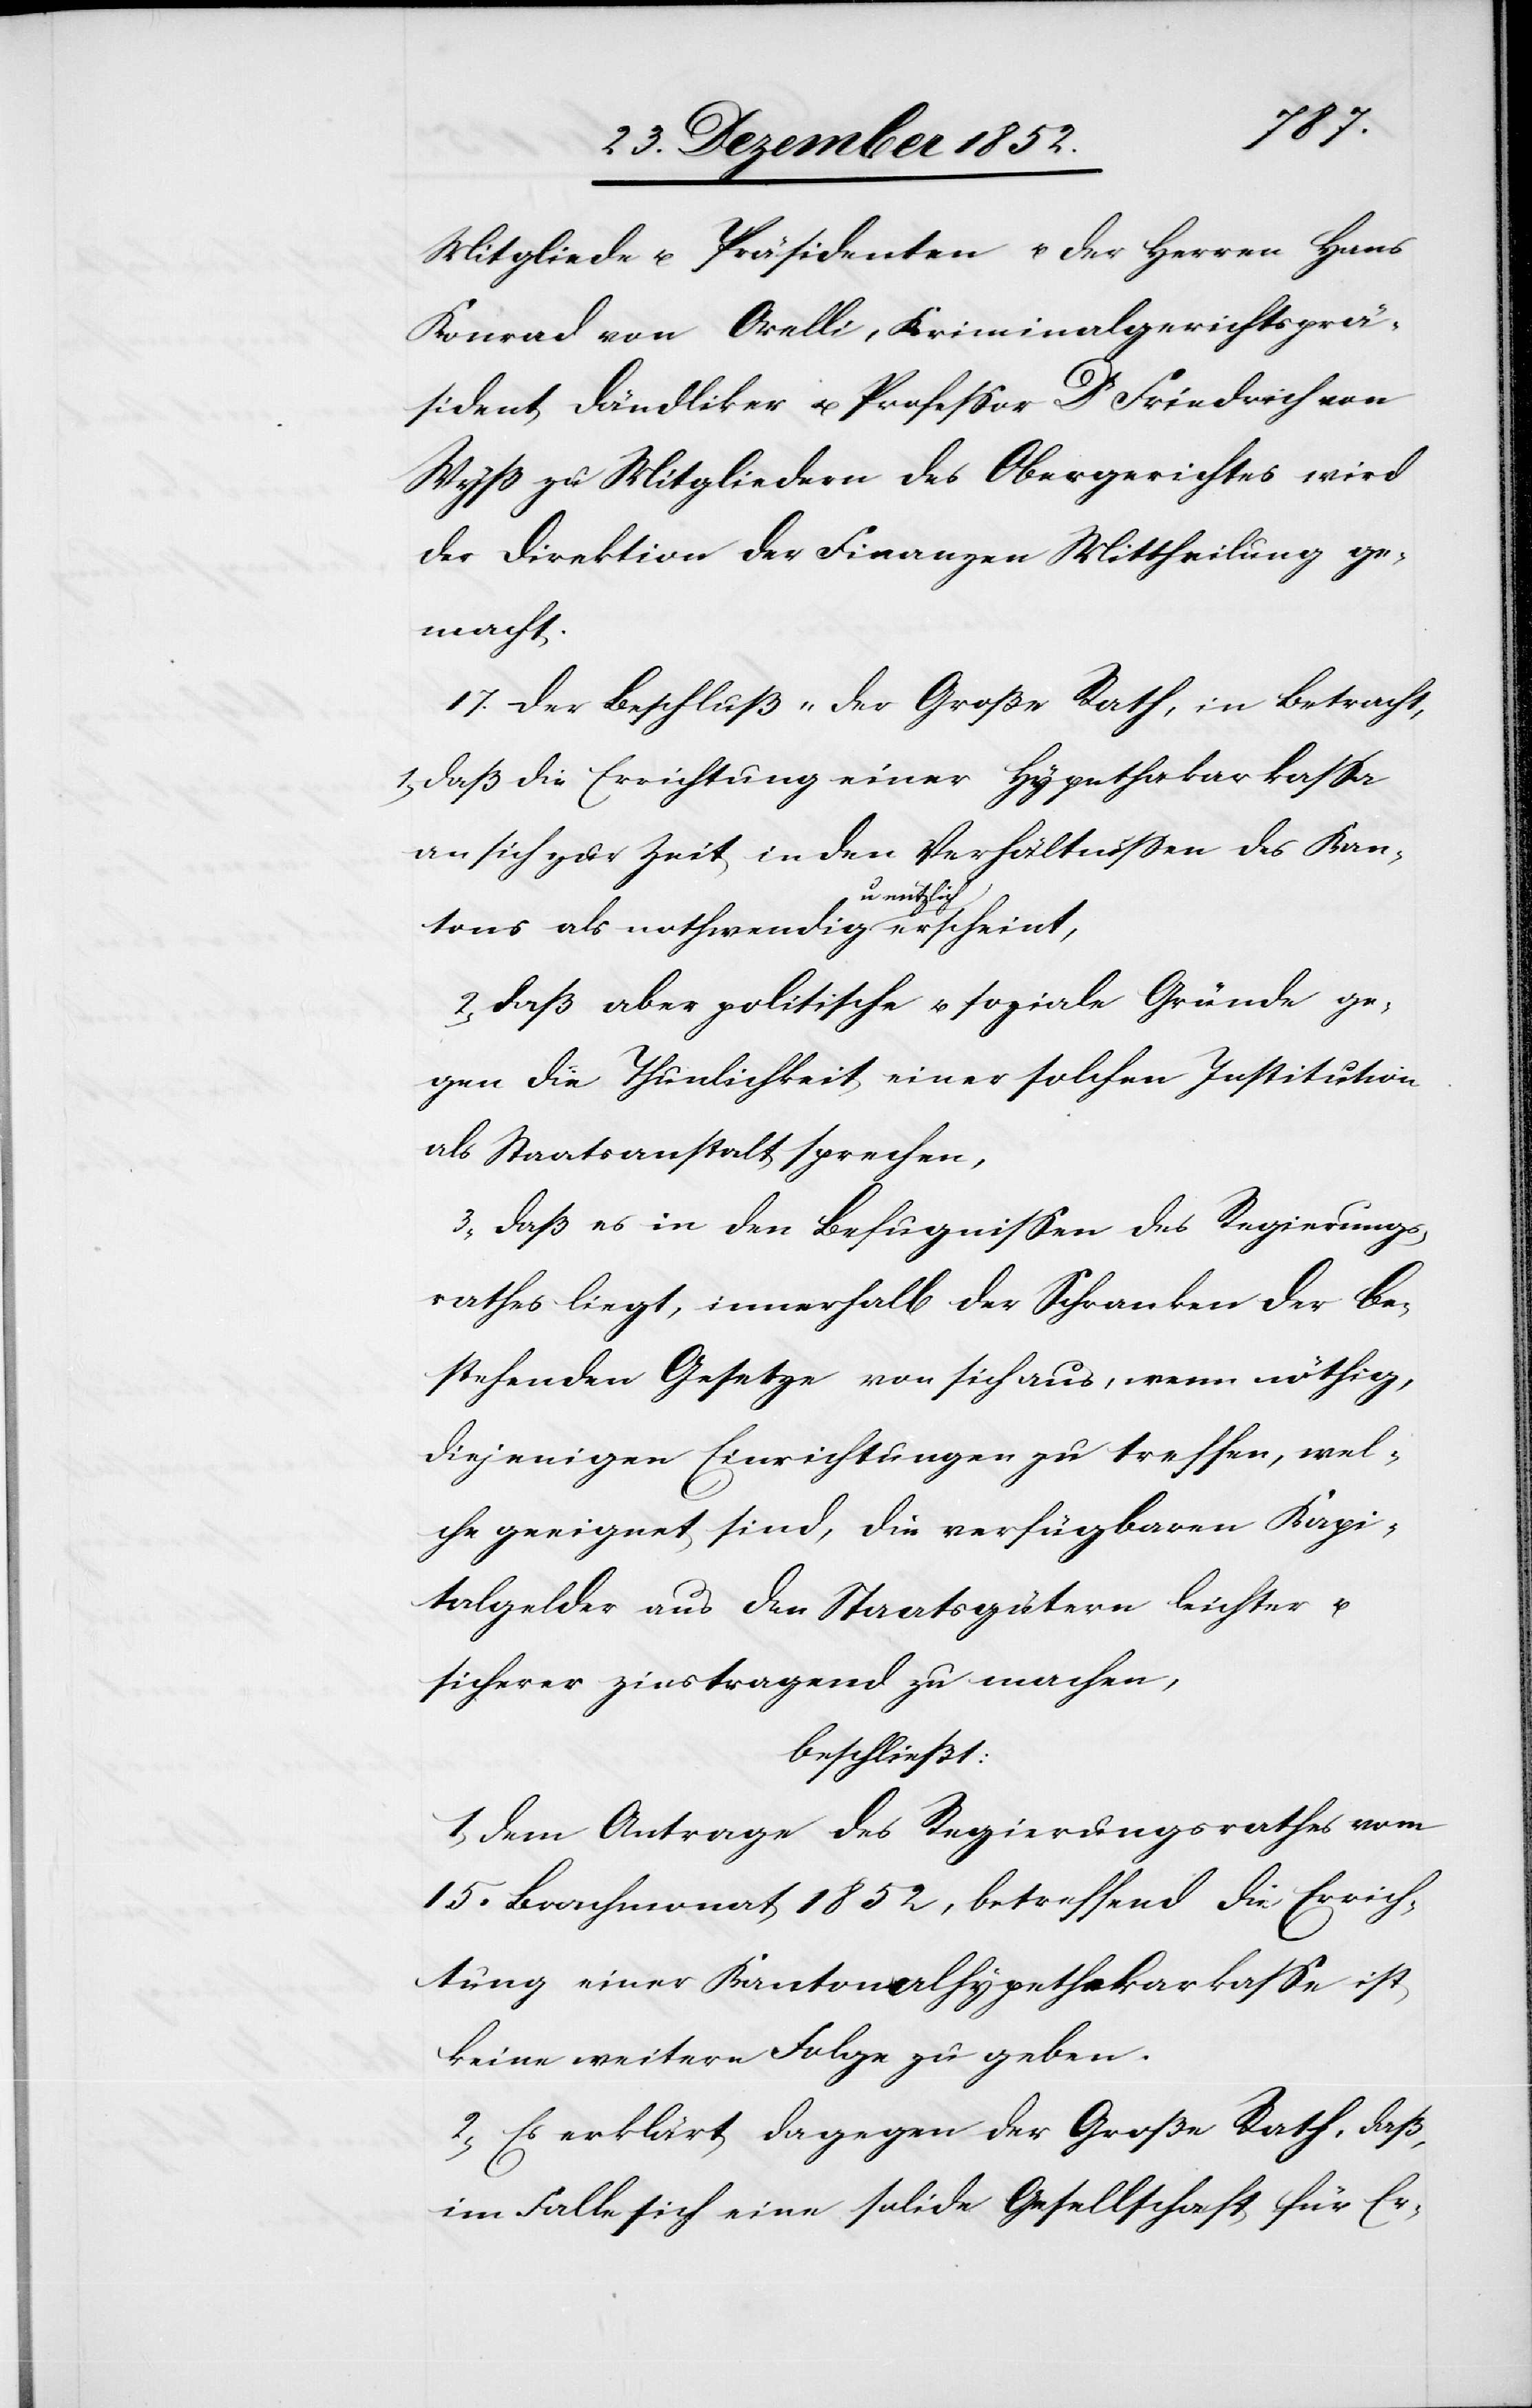
Mitgliede u. Präsidenten u. der Herren Hans
Konrad von Orelli, Kriminalgerichtsprä¬
sident Dändliker u. Professor Dr Friedrich von
Wyß zu Mitgliedern des Obergerichtes wird
der Direktion der Finanzen Mittheilung ge¬
macht.
17. Der Beschluß „Der Große Rath, in Betracht,
1, daß die Errichtung einer Hypethakarkassa
an sich zur Zeit in den Verhältnissen des Kan¬
tons als nothwendig u. nützlich erscheint,
2, daß aber politische u. soziale Gründe ge¬
gen die Thunlichkeit einer solchen Institution
als Staatsanstalt sprechen,
3, daß es in den Befugnissen des Regierungs¬
rathes liegt, innerhalb der Schranken der be¬
stehenden Gesetze von sich aus, wenn nöthig,
diejenigen Einrichtungen zu treffen, wel¬
che geeignet sind, die verfügbaren Kapi¬
talgelder aus den Staatsgütern leichter u.
sicherer zinstragend zu machen,
beschließt:
1, Dem Antrage des Regierungsrathes vom
15. Brachmonat 1852, betreffend die Errich¬
tung einer Kantonalhypethekarkasse [sic!]
keine weitere Folge zu geben.
2, Es erklärt dagegen der Große Rath, daß,
im Falle sich eine solide Gesellschaft für Er-